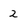
Character: 2